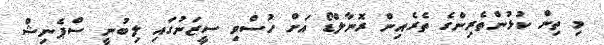
މި ތިން ކުޅުންތެރިންގެ ތެރެއިން ރޮނާލްޑޯ އަށް ހުސްވި ސީޒަނުގައި ލިބުނީ ސްޕެނިޝް